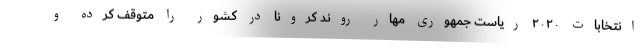
انتخابات ۲۰۲۰ ریاست جمهوری مهار روند کرونا در کشور را متوقف کرده و